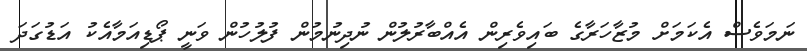
ނަމަވެސް އެކަމަށް މުޒާހަރާގެ ބައިވެރިން އެއްބާރުލުން ނުދިނުމުން ފުލުހުން ވަނީ ޕޯޑިއަމާއެކު އަޑުގަދަ